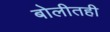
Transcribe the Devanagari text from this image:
बोलीतही